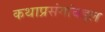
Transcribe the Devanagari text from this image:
कथाप्रसंगांबद्दल